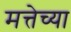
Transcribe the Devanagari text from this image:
मत्तेच्या